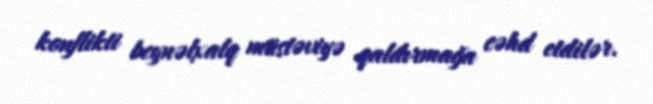
konflikti beynəlxalq müstəviyə qaldırmağa cəhd etdilər.